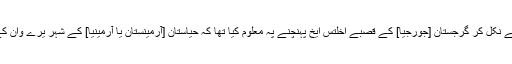
چنانچہ کل ترکی کے شہر قرص سے نکل کر گرجستان [جورجیا] کے قصبے اخلتس ایخ پہنچنے پہ معلوم کیا تھا کہ حیاستان [آرمینستان یا آرمینیا] کے شہر یرے وان کے لیے بس کب کب روانہ ہوتی ہے۔